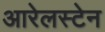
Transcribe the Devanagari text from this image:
आरेलस्टेन